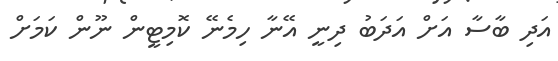
އަދި ބާސާ އަށް އަދަބު ދިނީ އޭނާ ހިމެނޭ ކޮމިޓީން ނޫން ކަމަށް